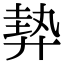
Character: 𢍠